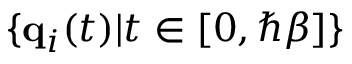
\{ \mathbf { q } _ { i } ( t ) | t \in [ 0 , \hbar \beta ] \}